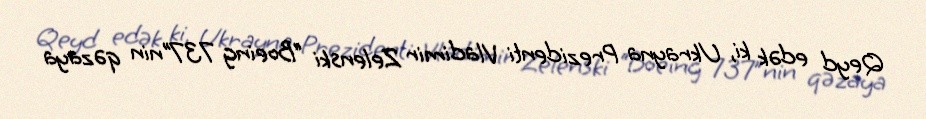
Qeyd edək ki, Ukrayna Prezidenti Vladimir Zelenski “Boeing 737”nin qəzaya